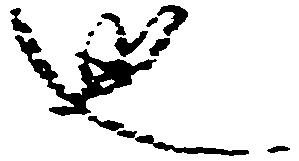
也